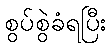
စွပ်စွဲခံရပြီး